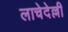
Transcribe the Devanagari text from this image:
लाचेदेल्ली